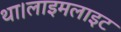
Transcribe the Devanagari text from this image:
था।लाइमलाइट